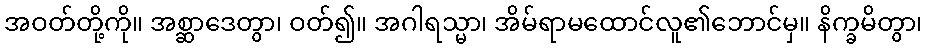
အဝတ်တို့ကို။ အစ္ဆာဒေတွာ၊ ဝတ်၍။ အဂါရသ္မာ၊ အိမ်ရာမထောင်လူ၏ဘောင်မှ။ နိက္ခမိတွာ၊